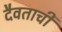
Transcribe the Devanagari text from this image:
दैवताची